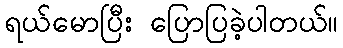
ရယ်မောပြီး ပြောပြခဲ့ပါတယ်။